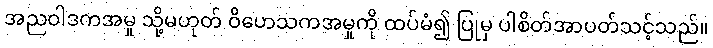
အညဝါဒကအမှု သို့မဟုတ် ဝိဟေသကအမှုကို ထပ်မံ၍ ပြုမှ ပါစိတ်အာပတ်သင့်သည်။